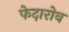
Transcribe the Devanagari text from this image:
फेदारोव